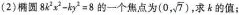
(2)椭圆$$8 k ^ { 2 } x ^ { 2 } - k y ^ { 2 } = 8$$的一个焦点为(0, \sqrt {7})，求k的值；